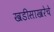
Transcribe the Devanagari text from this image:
खडीसाखरेचे